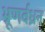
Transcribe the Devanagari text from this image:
भ्रूणर्वध्रन